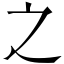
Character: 之